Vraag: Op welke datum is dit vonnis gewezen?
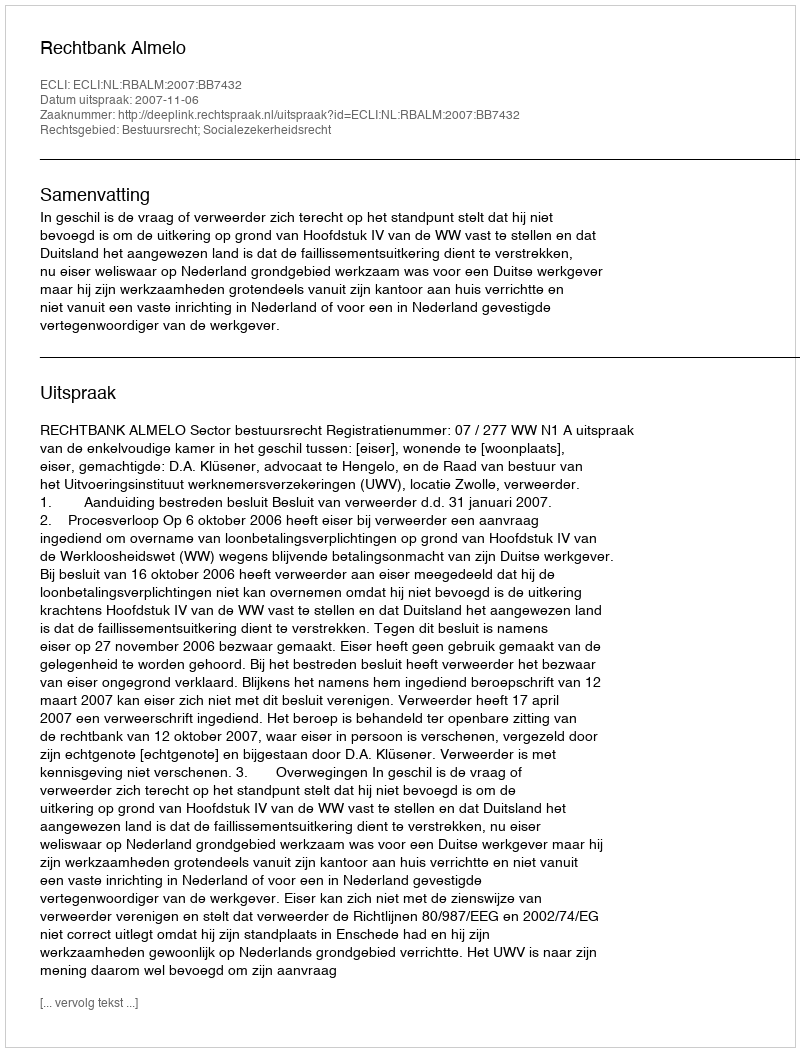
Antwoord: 2007-11-06